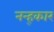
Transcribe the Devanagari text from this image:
नन्ह्कार